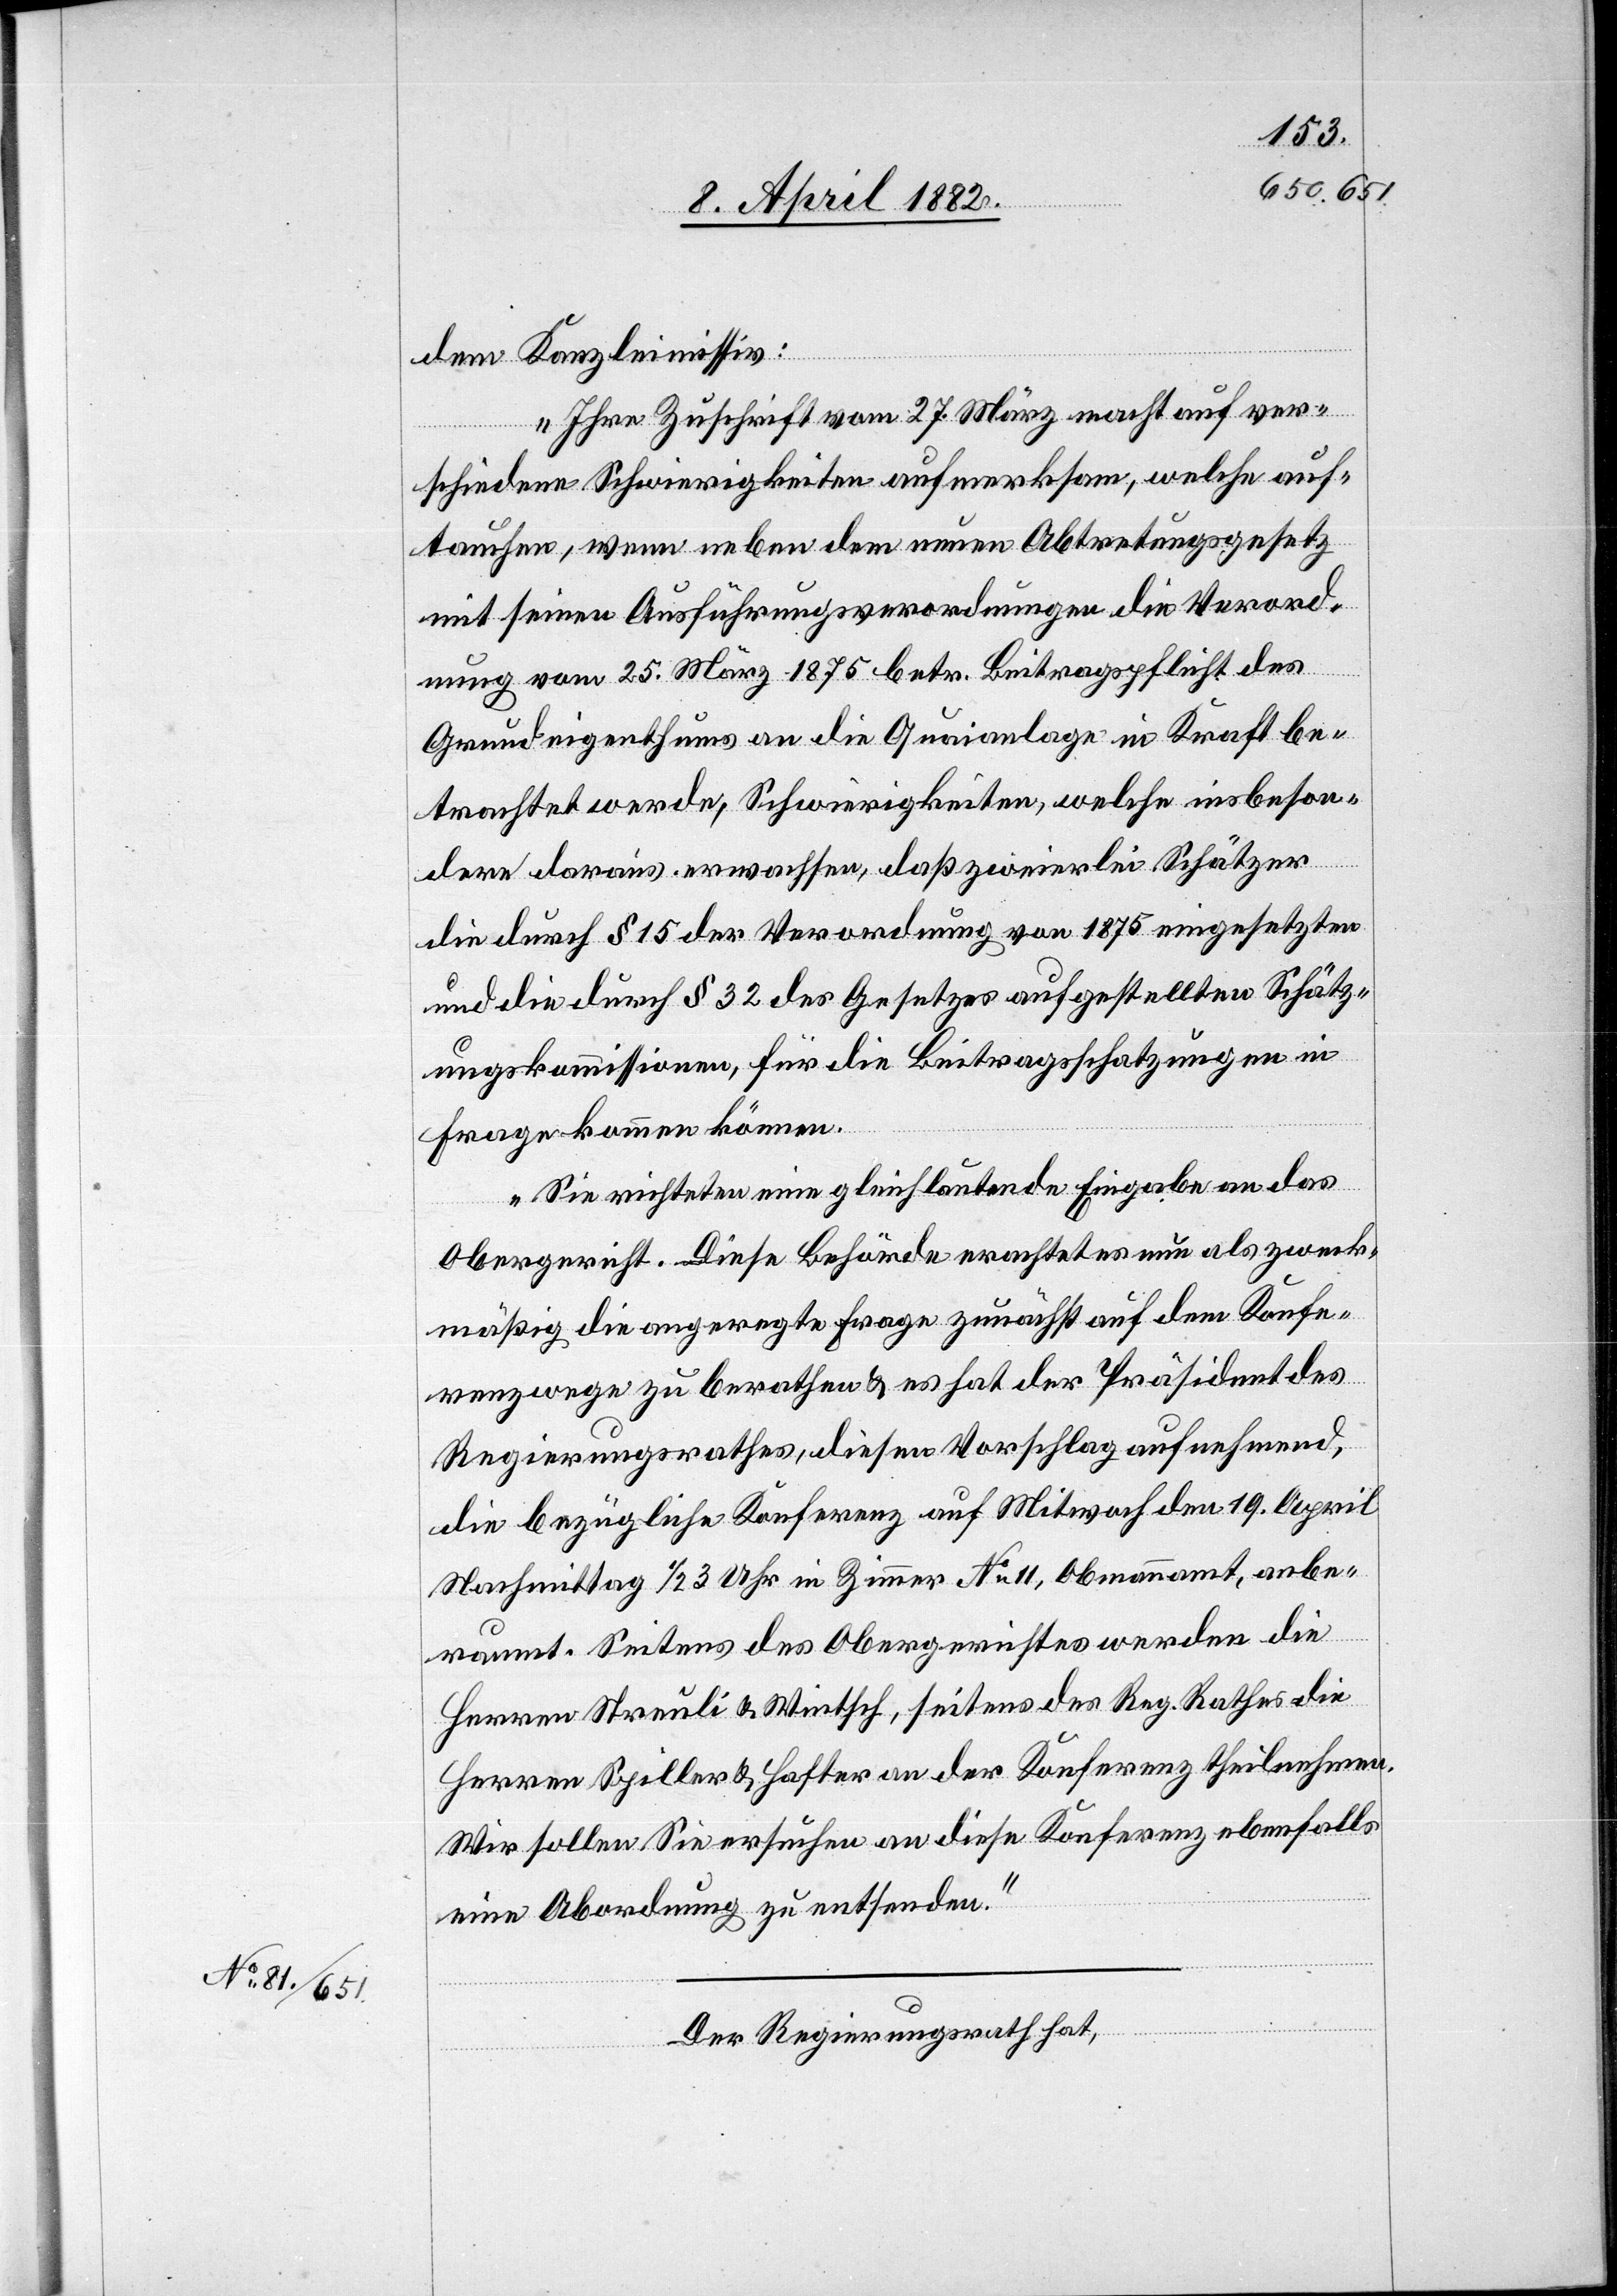
12. April 1882.]
dem Kanzleimissiv:
„Ihre Zuschrift vom 27. März macht auf ver¬
schiedene Schwierigkeiten aufmerksam, welche auf¬
tauchen, wenn neben dem neuen Abtretungsgesetz
mit seinen Ausführungsverordnungen die Verord¬
nung vom 25. März 1875 betr. Beitragspflicht des
Grundeigenthums an die Quaianlage in Kraft be¬
trachtet werde, Schwierigkeiten, welche insbeson¬
dere daraus erwachsen, daß zweierlei Schätzer
die durch § 15 der Verordnung von 1875 eingesetzten
und die durch § 32 des Gesetzes aufgestellten Schätz¬
ungskommissionen, für die Beitragsschatzungen in
Frage kommen können.
Sie richteten eine gleichlautende Eingabe an das
Obergericht. Diese Behörde erachtet es nun als zweck¬
mäßig die angeregte Frage zunächst auf dem Konfe¬
renzwege zu berathen & es hat der Präsident des
Regierungsrathes, diesen Vorschlag aufnehmend,
die bezügliche Konferenz auf Mitwoch den 19. April
Nachmittag 1/2 3 Uhr in Zimmer No 11, Obmannamt, anbe¬
raumt. Seitens des Obergerichtes werden die
Herren Streuli & Wintsch, seitens des Reg. Rathes die
Herren Spiller & Hafter an der Konferenz theilnehmen.
Wir sollen Sie ersuchen an diese Konferenz ebenfalls
eine Abordnung zu entsenden.“
Der Regierungsrath hat,